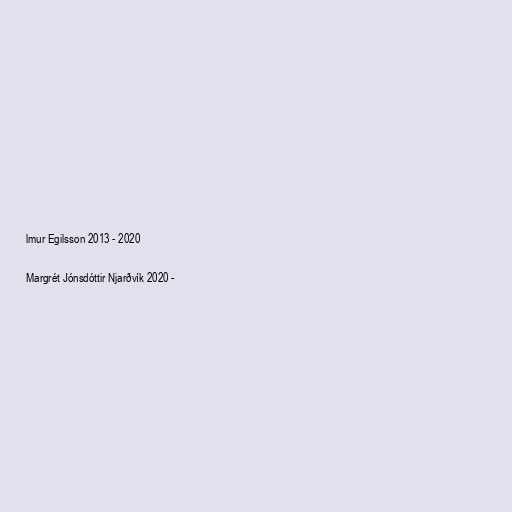
lmur Egilsson 2013 - 2020

Margrét Jónsdóttir Njarðvík 2020 -